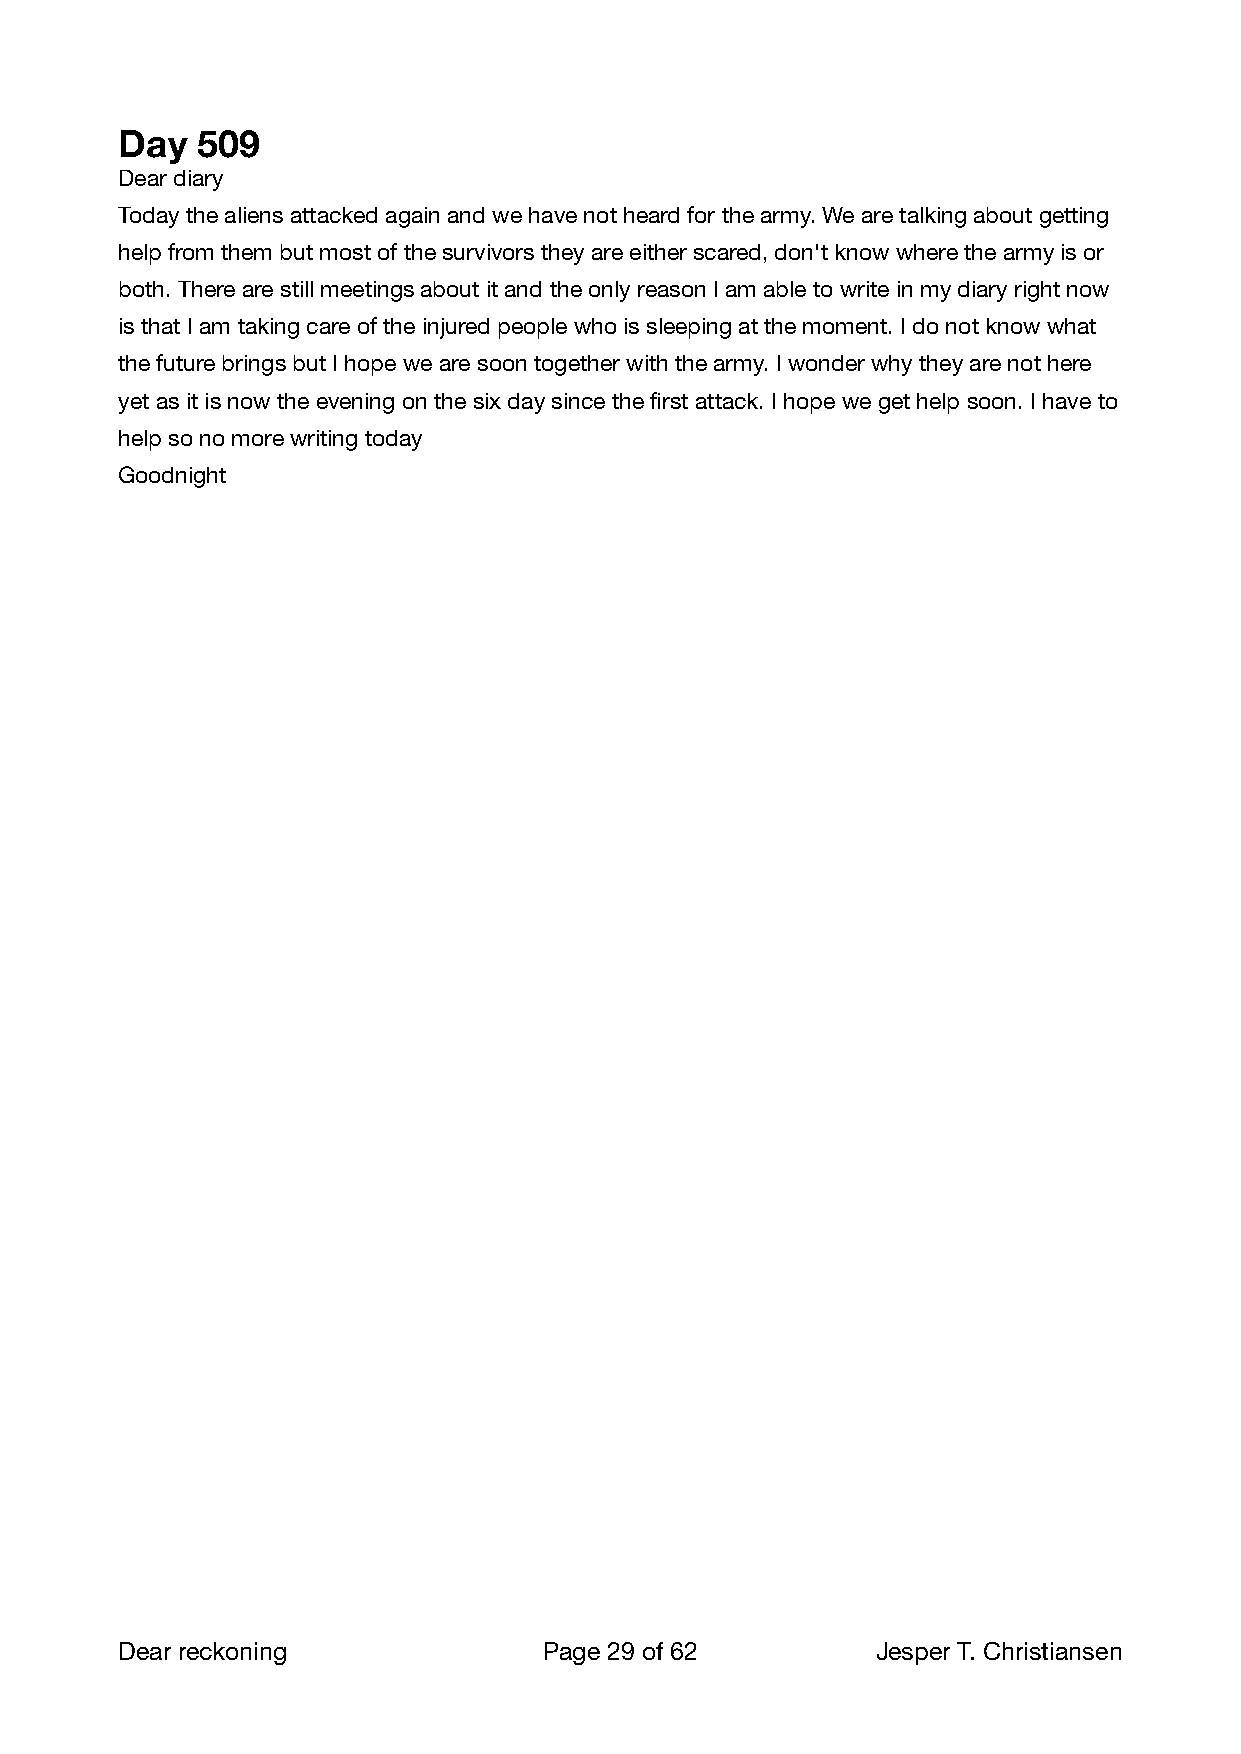
Day  509
 Dear diary
 Today the aliens attacked again and we have not heard for the army. We are talking about getting
 help from them but most of the survivors they are either scared, don't know where the army is or
 both. There are still meetings about it and the only reason I am able to write in my diary right now
 is that I am taking care of the injured people who is sleeping at the moment. I do not know what
 the future brings but I hope we are soon together with the army. I wonder why they are not here
 yet as it is now the evening on the six day since the first attack. I hope we get help soon. I have to
 help so no more writing today
 Goodnight
 Dear reckoning              Page 29 of 62        Jesper T. Christiansen